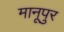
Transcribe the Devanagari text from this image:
मानूपुर